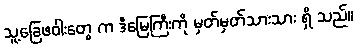
သူ့ခြေဖဝါးတွေ က ဒီမြေကြီးကို မှတ်မှတ်သားသား ရှိ သည်။